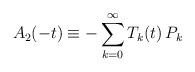
LaTeX: \begin{align*}A_2 (-t) \equiv - \sum_{k=0}^\infty T_k (t) \,P_k \end{align*}